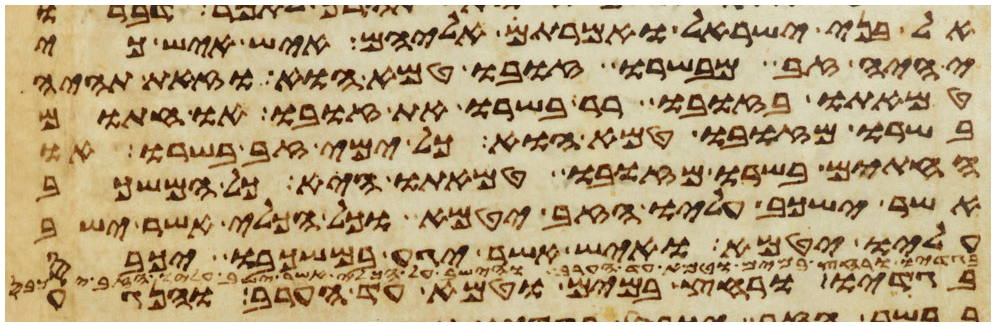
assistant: אל בני ישראל ואמרתם אליהם איש איש כי
יהיה זב מבשרו זובו טמא הוא וזאת תהיה
טמאתו בזובו רר בשרו את זובו או חתום
בשרו מזובו טמא הוא כל ימי זב בשרו או
החתים בשרו מזובו טמאתו היא כל המשכב
אשר ישכב עליו הזב יטמא וכל הכלי אשר ישב
עליו יטמא ואיש אשר יגע במשכבו יכבס
בגדיו ורחץ במים וטמא עד הערב והנגע